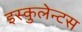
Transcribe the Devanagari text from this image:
इस्कुलेन्टस